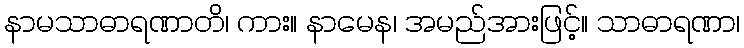
နာမသာဓာရဏာတိ၊ ကား။ နာမေန၊ အမည်အားဖြင့်။ သာဓာရဏာ၊